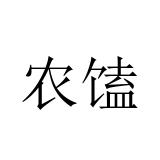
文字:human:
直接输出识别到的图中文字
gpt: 农馌